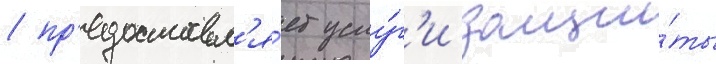
/ пр'едоставл'я́ет услу́г'и защи́ты